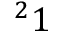
^ 2 1